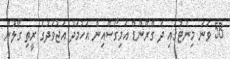
58 ވަނަ މިނެޓުގައި ދަ ގްރޭންޑް އަމިގޯސްއިން އަހުމަދު އަޖުވަދުގެ ރީތި ގޯލުން